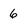
Character: 6